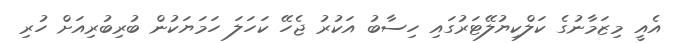
އެއީ މިޒަމާނުގެ ކަލްކިޔުލޭޓަރުގައި ހިސާބު އަކުރު ޖެހޭ ކަހަލަ ހަމަޔަކުން ބުރިބުރިއަށް ހުރި